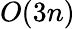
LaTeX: O(3n)